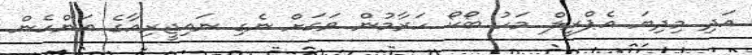
އަދި މިދިޔަ އެޕްރީލް މަހު ބޯކޯ ހަރާމުން ވަގަށް ނެގި ނައިޖީރިއާގެ އަންހެން